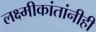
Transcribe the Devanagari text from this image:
लक्ष्मीकांतांनीही